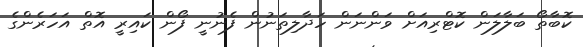
ކޮބާތޯ ބަލާލަން ކޮޓްރިއަށް ވަންނަން ހަދާލިތަނުން ފެނުނީ ފޯން ކައިރީ އޮތް އަހަރެންގެ